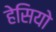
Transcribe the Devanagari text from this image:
हेसियो